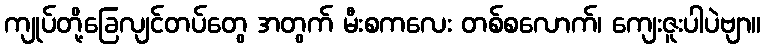
ကျုပ်တို့ခြေလျင်တပ်တွေ အတွက် မီးစကလေး တစ်စလောက်၊ ကျေးဇူးပါပဲဗျာ။